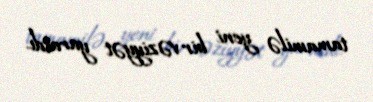
tamamilə yeni bir vəziyyət yaratdı.